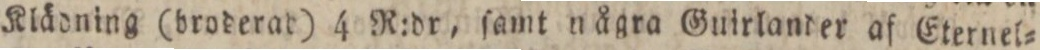
Klädning (broderad) 4 R:dr, ſamt några Guirlander af Eternel=